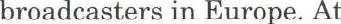
broadcasters in Europe. At